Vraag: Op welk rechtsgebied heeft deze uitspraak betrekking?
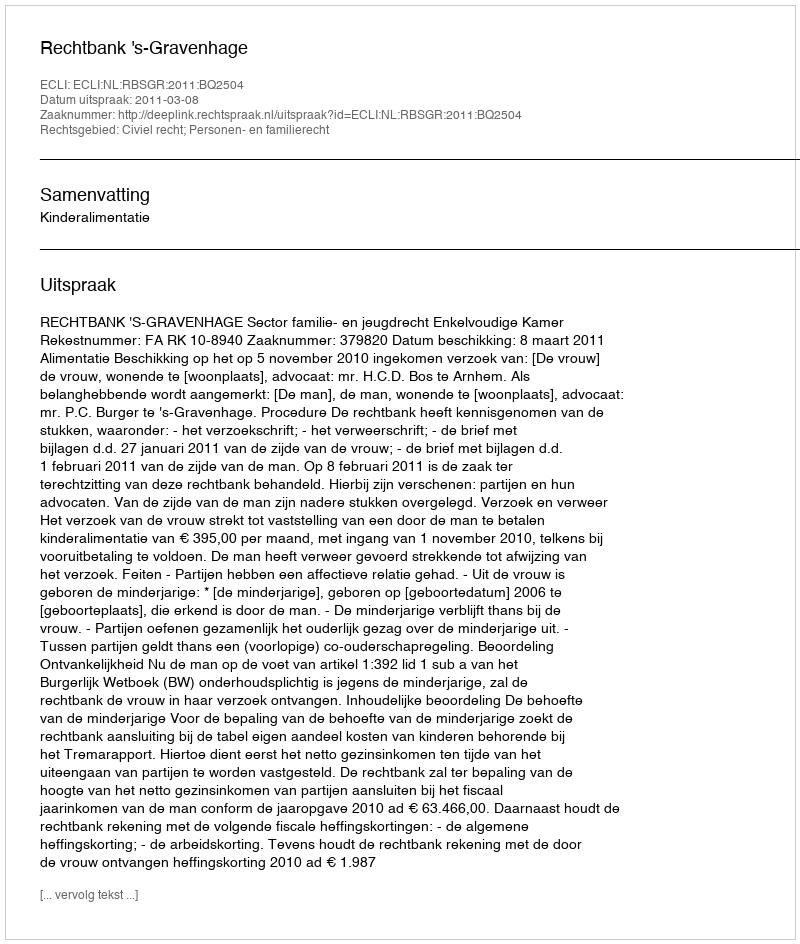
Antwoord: Civiel recht; Personen- en familierecht